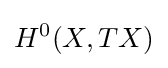
H^{0}(X,TX)